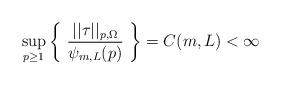
LaTeX: \begin{align*} \sup_{p \ge 1} \left\{ \ \frac{||\tau||_{p,\Omega}}{\psi_{m,L}(p)} \ \right\} = C(m,L) < \infty\end{align*}